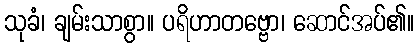
သုခံ၊ ချမ်းသာစွာ။ ပရိဟာတဗ္ဗော၊ ဆောင်အပ်၏။